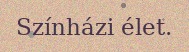
Színházi élet.